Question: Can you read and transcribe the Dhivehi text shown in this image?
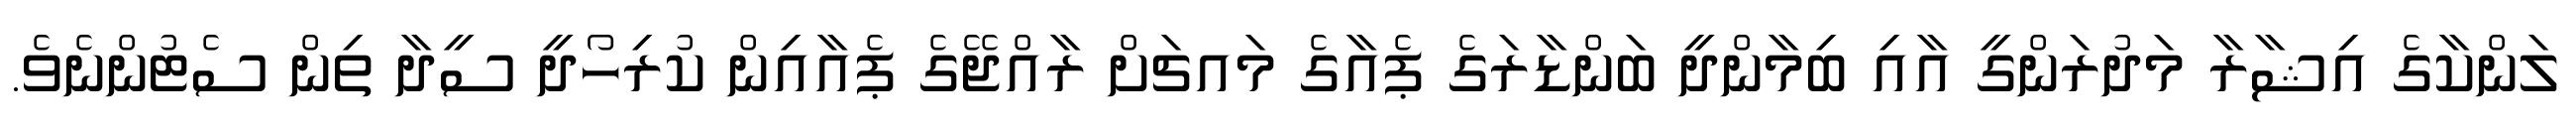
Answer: ލަންކާގެ އިޝާރާ މަދުރަންގީ އާއި ބިމާންދީ ބަންޑާރަގެ ޕެއާގެ މައޗަށް ރާއްޖޭގެ ޕެއާއިން ކުރިހޯދީ ސީދާ ތިން ސެޓުންނެވެ.